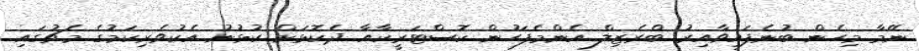
ނޭމާ މިހެން ބުނެފައިވާއިރު ބްރެޒިލް އެންމެފަހުން ކޮސްޓަރީކާއާ ދެކޮޅަށް ކުޅުނު އެކުވެރިކަމުގެ މެޗުގައި